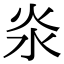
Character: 𣲱